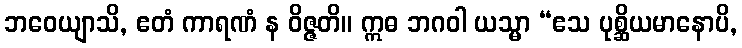
ဘဝေယျာသိ, ဧတံ ကာရဏံ န ဝိဇ္ဇတိ။ ဣဓ ဘဂဝါ ယသ္မာ “ဧသ ပုစ္ဆိယမာနောပိ,